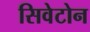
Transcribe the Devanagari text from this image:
सिवेटोन